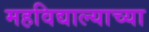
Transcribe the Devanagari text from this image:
महविद्याल्याच्या